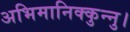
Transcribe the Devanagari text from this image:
अभिमानिक्कुन्नु।